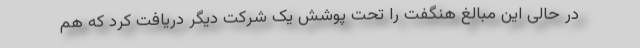
در حالی این مبالغ هنگفت را تحت پوشش یک شرکت دیگر دریافت کرد که هم